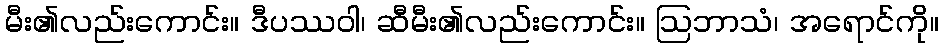
မီး၏လည်းကောင်း။ ဒီပဿဝါ၊ ဆီမီး၏လည်းကောင်း။ ဩဘာသံ၊ အရောင်ကို။